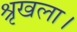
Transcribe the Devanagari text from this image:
श्रृखला।